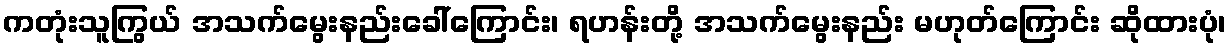
ကတုံးသူကြွယ် အသက်မွေးနည်းခေါ်ကြောင်း၊ ရဟန်းတို့ အသက်မွေးနည်း မဟုတ်ကြောင်း ဆိုထားပုံ၊